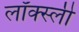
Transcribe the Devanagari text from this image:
लॉक्स्ली